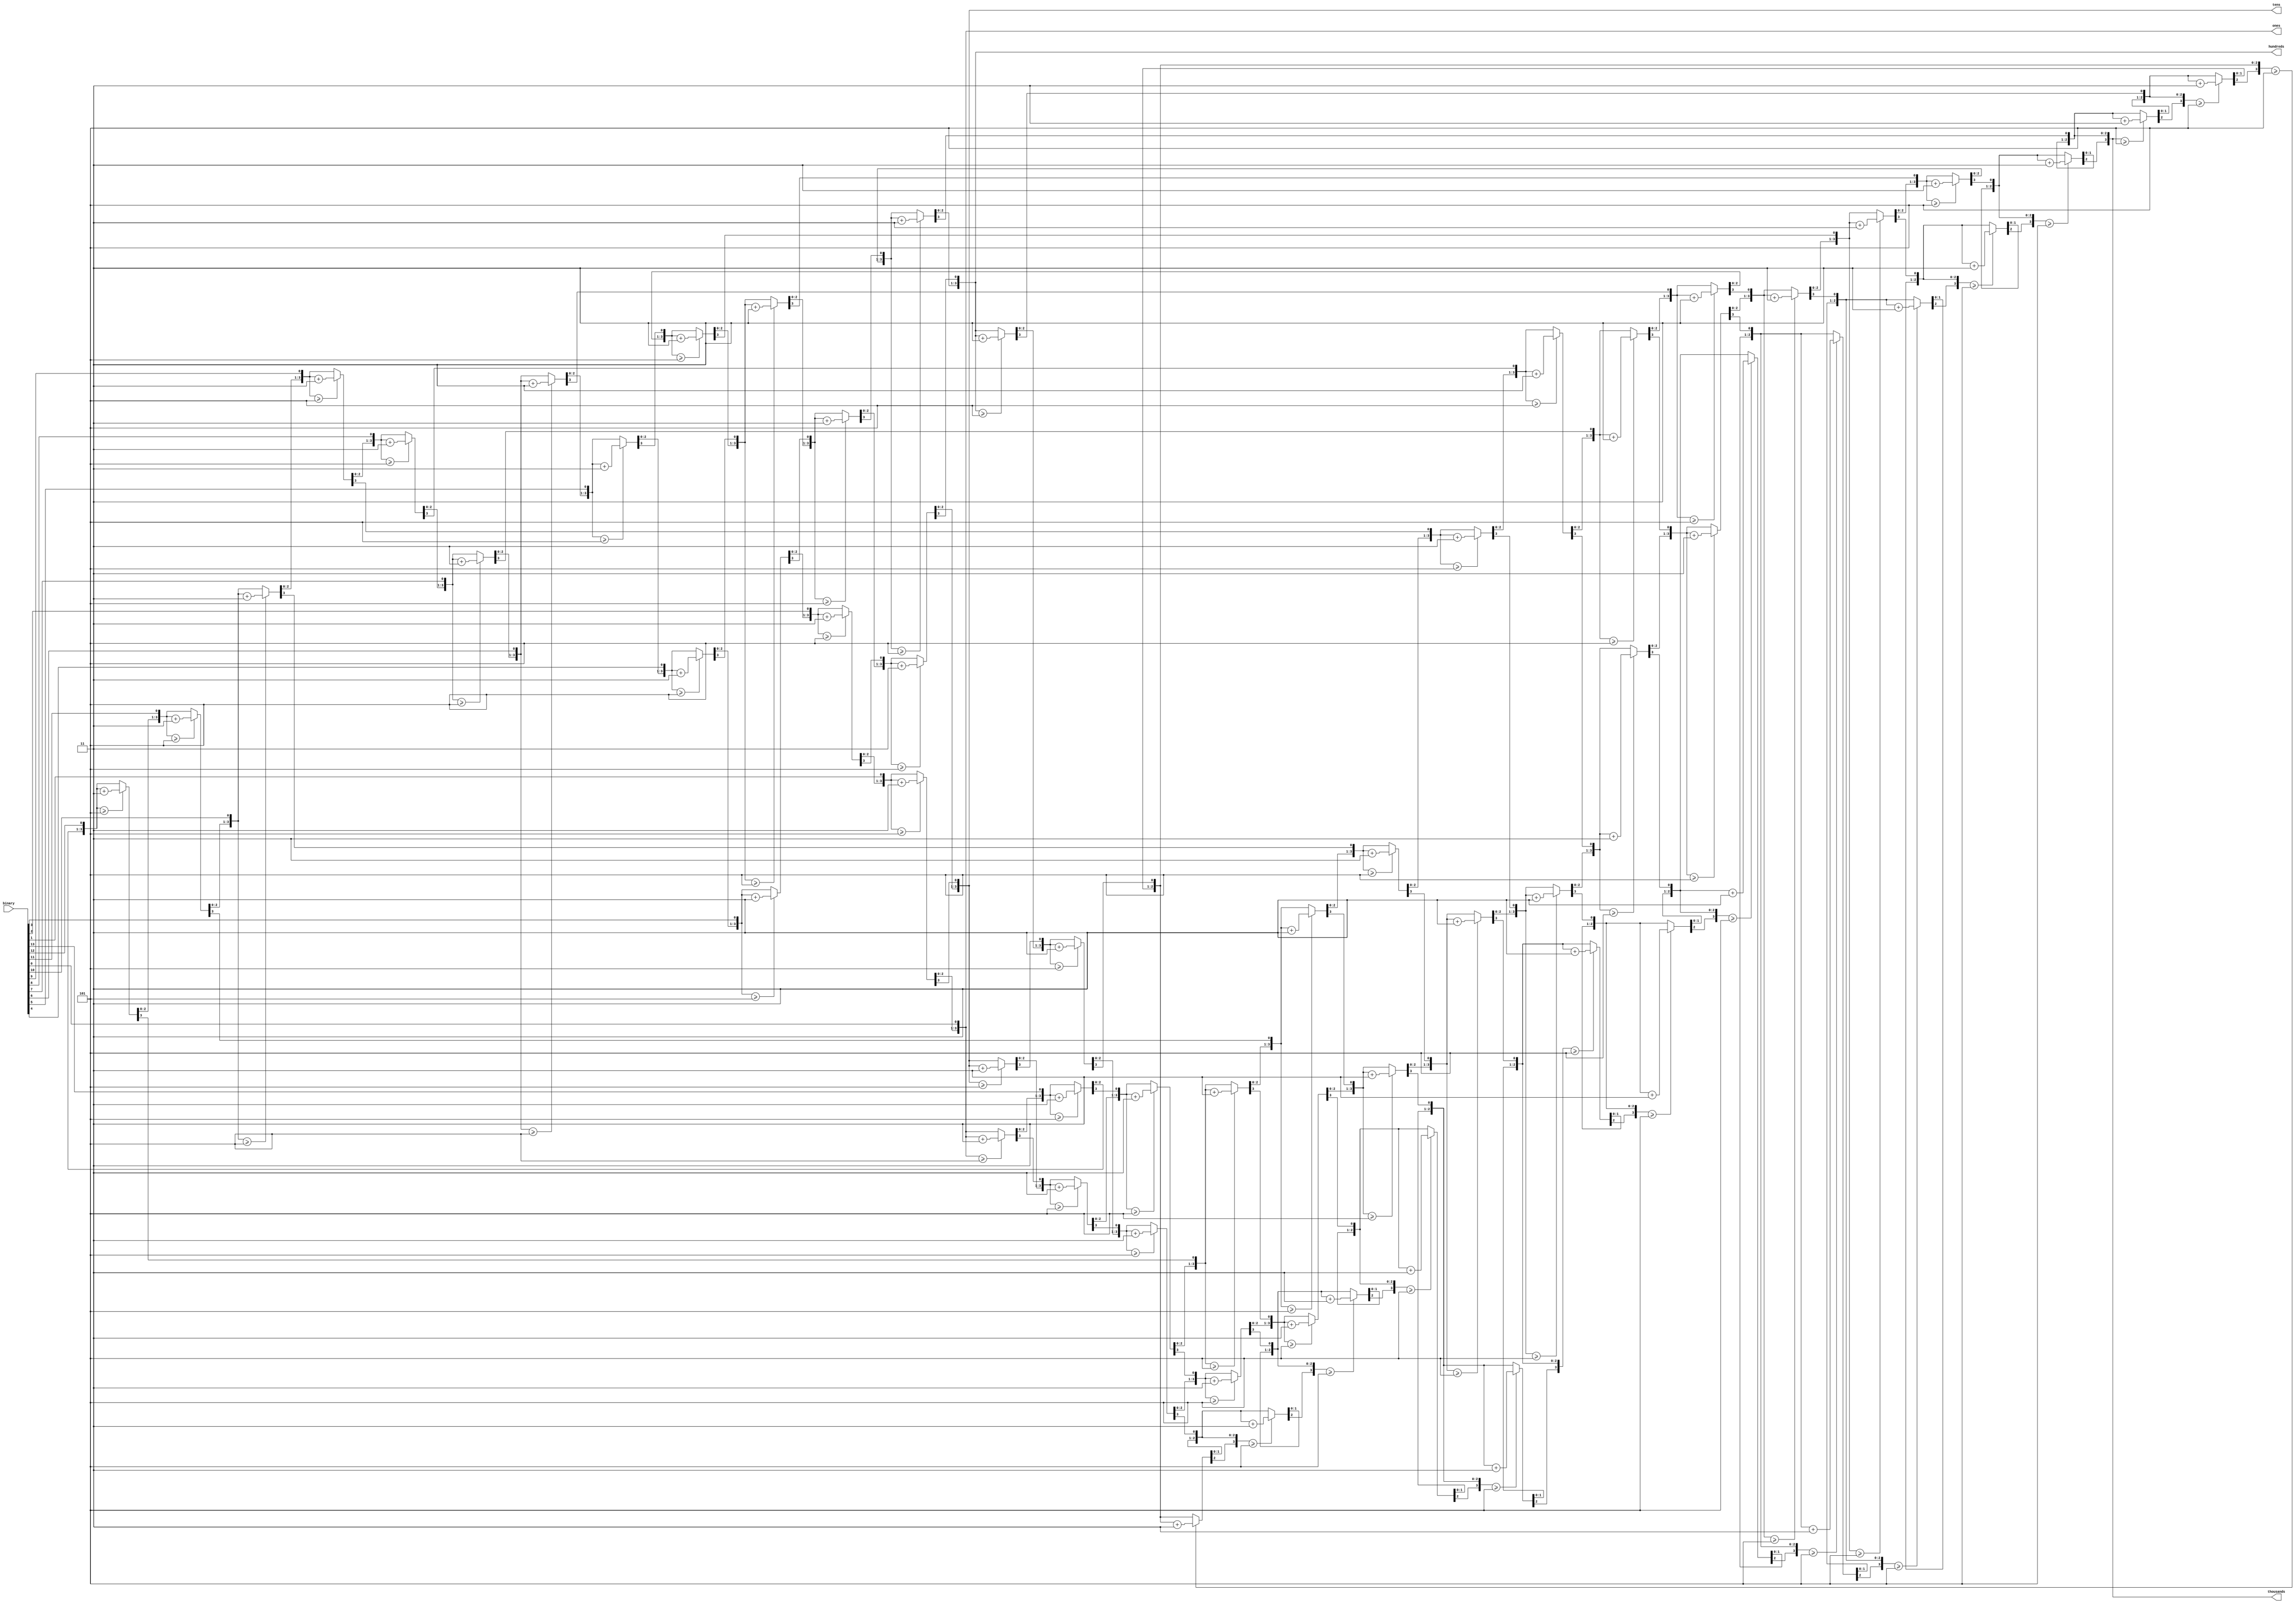
module binary2BCD(
    input [13:0] binary,
    output reg [3:0] thousands =0 ,
    output reg [3:0] hundreds =0 ,
    output reg [3:0] tens = 0,
    output reg [3:0] ones = 0
    ); 
reg [29:0]shifter=0; 
integer i; 
always@(binary) 
begin 
    shifter[13:0] = binary; 
    
    for (i = 0; i< 14; i = i+1) begin 
        if (shifter[17:14] >= 5) 
            shifter[17:14] = shifter[17:14] + 3; 
        if (shifter[21:18] >= 5)             
            shifter[21:18] = shifter[21:18] + 3;
        if (shifter[25:22] >= 5)             
            shifter[25:22] = shifter[25:22] + 3; 
        if (shifter[29:26] >= 5)              
            shifter[29:26] = shifter[29:26] + 3; 
        shifter = shifter  << 1;    
      
    end  
    thousands = shifter[29:26];
    hundreds = shifter[25:22];
    tens = shifter[21:18];
    ones = shifter[17:14];
end
endmodule